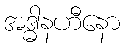
အဒ္ဓါနဟီနော